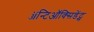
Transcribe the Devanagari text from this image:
ॲन्टिऑक्सिडेंट्स